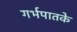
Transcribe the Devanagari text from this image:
गर्भपातके